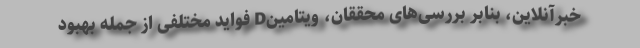
خبرآنلاین، بنابر بررسی‌های محققان، ویتامینD فواید مختلفی از جمله بهبود